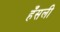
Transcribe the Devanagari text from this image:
हँसली